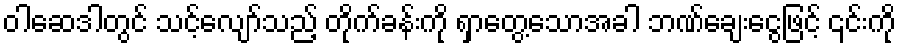
ဝါဆေဒါတွင် သင့်လျော်သည့် တိုက်ခန်းကို ရှာတွေ့သောအခါ ဘဏ်ချေးငွေဖြင့် ၎င်းကို